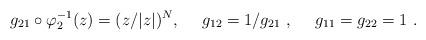
LaTeX: \begin{align*}g_{21} \circ \varphi_2 ^{-1} (z) = (z/|z|)^N ,\ \ \ \ g_{12} =1/g_{21}\ ,\ \ \ \ g_{11} = g_{22} = 1 \ .\end{align*}